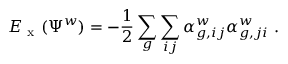
E _ { \mathrm { ~ x ~ } } ( \Psi ^ { w } ) = - \frac { 1 } { 2 } \sum _ { g } \sum _ { i j } \alpha _ { g , i j } ^ { w } \alpha _ { g , j i } ^ { w } ~ .